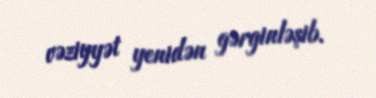
vəziyyət yenidən gərginləşib.